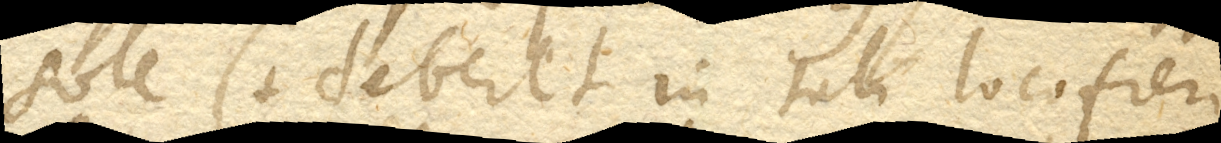
sole. (+ Deberet in tali loco fieri